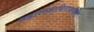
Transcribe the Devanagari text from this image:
महाराजाधिराजपति